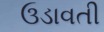
ઉડાવતી